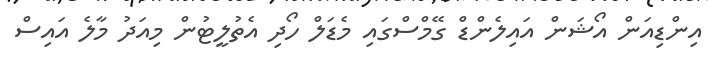
އިންޑިއަން އޯޝަން އައިލެންޑް ގޭމްސްގައި މެޑަލް ހޯދި އެތުލީޓުން މިއަދު މާލެ އައިސް